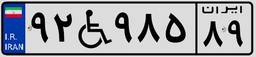
۹۲W۹۸۵۸۹